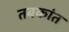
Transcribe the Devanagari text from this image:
तबकांत